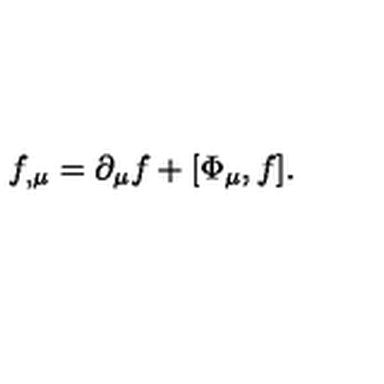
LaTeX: f _ { , \mu } = \partial _ { \mu } f + [ \Phi _ { \mu } , f ] .